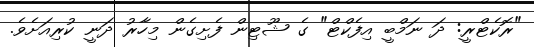
"ރޮކެޓްރީ: ދަ ނަމްބީ އިފެކްޓް" ގެ ޝޫޓިން ފެށިގެން މިހާރު ދަނީ ކުރިއަށެވެ.